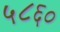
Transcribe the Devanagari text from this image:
५८६०